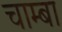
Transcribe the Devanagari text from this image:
चाम्बा